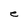
Character: e